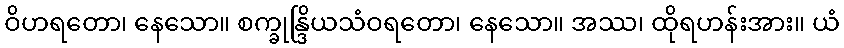
ဝိဟရတော၊ နေသော။ စက္ခုန္ဒြိယသံဝရတော၊ နေသော။ အဿ၊ ထိုရဟန်းအား။ ယံ